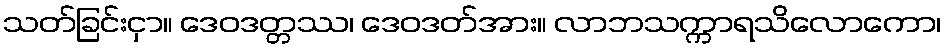
သတ်ခြင်းငှာ။ ဒေဝဒတ္တဿ၊ ဒေဝဒတ်အား။ လာဘသက္ကာရသိလောကော၊